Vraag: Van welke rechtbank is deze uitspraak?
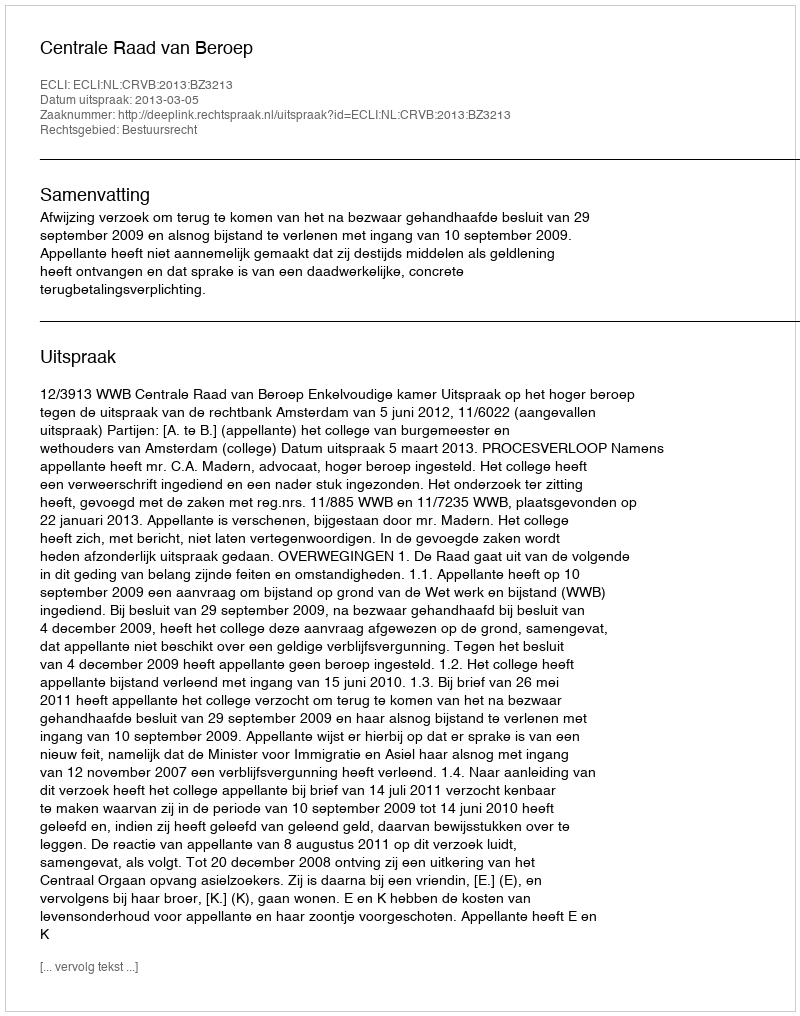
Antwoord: Centrale Raad van Beroep